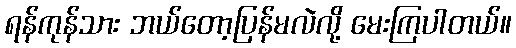
ရန်ကုန်သား ဘယ်တော့ပြန်မလဲလို့ မေးကြပါတယ်။